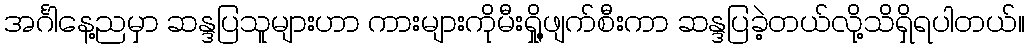
အင်္ဂါနေ့ညမှာ ဆန္ဒပြသူများဟာ ကားများကိုမီးရှို့ဖျက်စီးကာ ဆန္ဒပြခဲ့တယ်လို့သိရှိရပါတယ်။